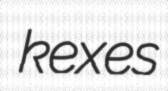
kexes